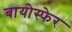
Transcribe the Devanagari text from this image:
बायोस्फेर